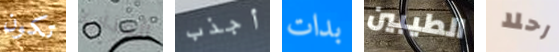
تكون العذاب أجذب بدات الطيبين رحلا